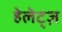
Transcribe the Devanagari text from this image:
हेलेट्ज़